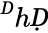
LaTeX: ^ḊhḌ